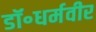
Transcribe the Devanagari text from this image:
डॉ॰धर्मवीर